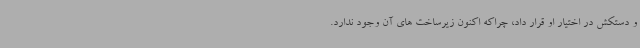
و دستکش در اختیار او قرار داد، چراکه اکنون زیرساخت های آن وجود ندارد.